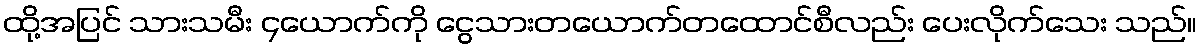
ထို့အပြင် သားသမီး ၄ယောက်ကို ငွေသားတယောက်တထောင်စီလည်း ပေးလိုက်သေး သည်။